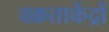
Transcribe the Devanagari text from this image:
वक्रताकेंद्रों